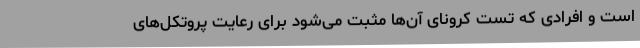
است و افرادی که تست کرونای آن‌ها مثبت می‌شود برای رعایت پروتکل‌های